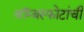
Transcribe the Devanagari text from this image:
बॉम्बस्फोटांची